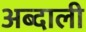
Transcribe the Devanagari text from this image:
अब्‍दाली